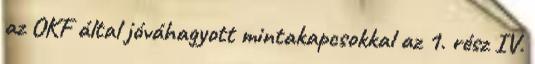
az OKF által jóváhagyott mintakapcsokkal az 1. rész IV.